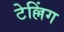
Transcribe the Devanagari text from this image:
टेल्लिंग